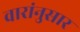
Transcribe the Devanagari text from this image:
वारांनुसार